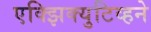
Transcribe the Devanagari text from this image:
एक्झिक्युटिव्हने